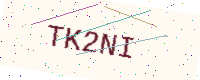
Text: TK2NI